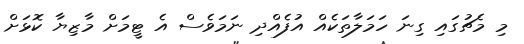
މި މެޗުގައި ގިނަ ހަމަލާތަކެއް އުފެއްދި ނަަމަވެސް އެ ޓީމަށް މާޒިޔާ ކޮޅަށް